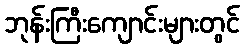
ဘုန်းကြီးကျောင်းများတွင်